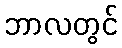
ဘာလတွင်